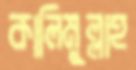
কালিমুল্লাহ